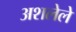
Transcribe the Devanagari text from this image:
अशलेले